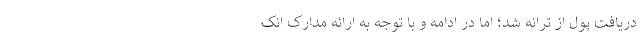
دریافت پول از ترانه شد؛ اما در ادامه و با توجه به ارائه مدارک انک